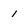
Character: 1